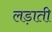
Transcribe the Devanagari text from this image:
लड़ाती